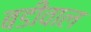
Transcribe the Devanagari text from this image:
बडीवाल